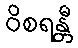
ဝိစရန္တီ